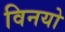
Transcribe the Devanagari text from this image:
विनयो